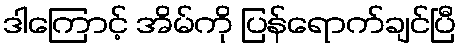
ဒါကြောင့် အိမ်ကို ပြန်ရောက်ချင်ပြီ